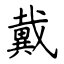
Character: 戴